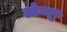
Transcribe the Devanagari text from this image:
ओव्यूल